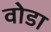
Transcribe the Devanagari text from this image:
वोडा